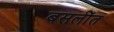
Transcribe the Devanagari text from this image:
बसलींत